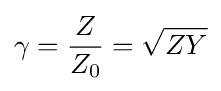
\gamma ={\frac {Z}{Z_{0}}}={\sqrt {ZY}}